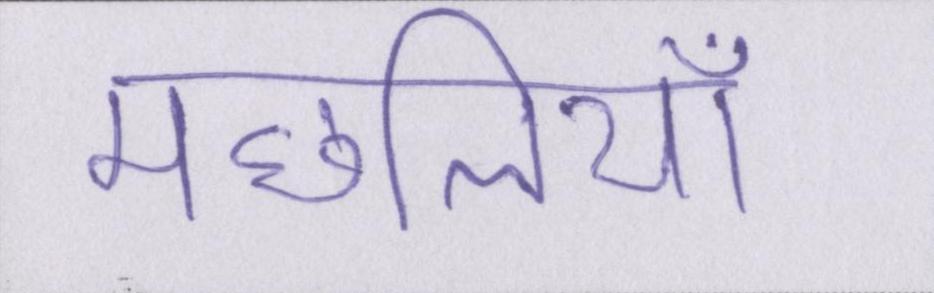
मछलियाँ